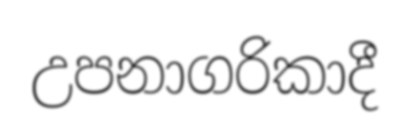
උපනාගරිකාදී